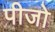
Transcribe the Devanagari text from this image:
पीजो